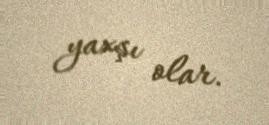
yaxşı olar.